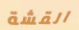
القشة